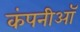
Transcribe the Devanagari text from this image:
कंपनीऑ